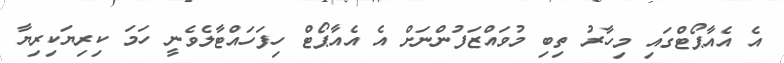
އެ އެއާޕޯޓްގައި މިހާރު ތިބި މުވައްޒަފުންނަށް އެ އެއާޕޯޓް ހިފަހައްޓާލެވެނީ ހަމަ ކިރިޔަކިރިޔާ